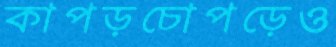
কাপড়চোপড়েও